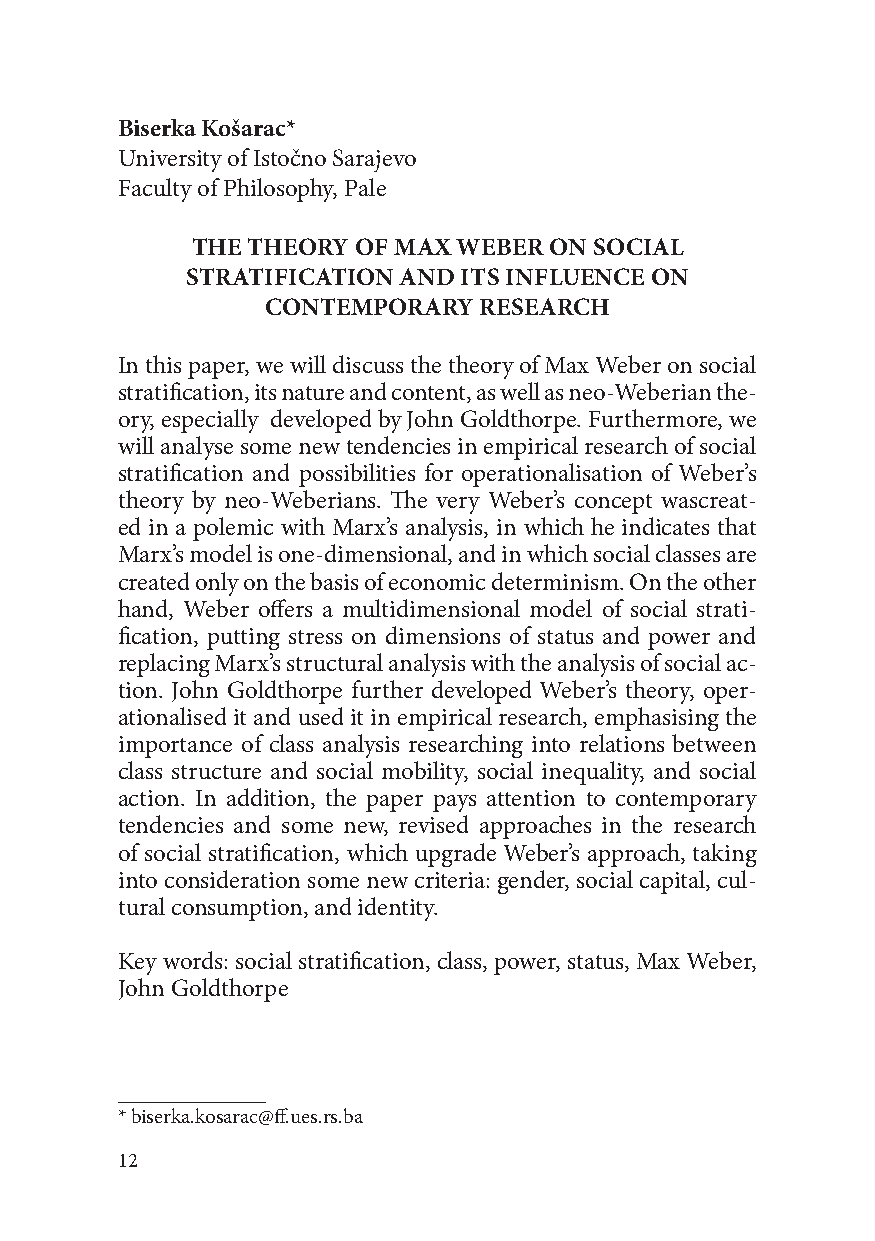
Biserka Košarac*
 University of Istočno Sarajevo
 Faculty of Philosophy, Pale
 THE THEORY OF MAX WEBER ON SOCIAL
 STRATIFICATION AND ITS INFLUENCE ON
 CONTEMPORARY  RESEARCH
 In this paper, we will discuss the theory of Max Weber on social
 stratification, its nature and content, as well as neo-Weberian the-
 ory, especially developed by John Goldthorpe. Furthermore, we
 will analyse some new tendencies in empirical research of social
 stratification and possibilities for operationalisation of Weber’s
 theory by neo-Weberians. The very Weber’s concept wascreat-
 ed in a polemic with Marx’s analysis, in which he indicates that
 Marx’s model is one-dimensional, and in which social classes are
 created only on the basis of economic determinism. On the other
 hand, Weber offers a multidimensional model of social strati-
 fication, putting stress on dimensions of status and power and
 replacing Marx’s structural analysis with the analysis of social ac-
 tion. John Goldthorpe further developed Weber’s theory, oper-
 ationalised it and used it in empirical research, emphasising the
 importance of class analysis researching into relations between
 class structure and social mobility, social inequality, and social
 action. In addition, the paper pays attention to contemporary
 tendencies and some new, revised approaches in the research
 of social stratification, which upgrade Weber’s approach, taking
 into consideration some new criteria: gender, social capital, cul-
 tural consumption, and identity.
 Key words: social stratification, class, power, status, Max Weber,
 John Goldthorpe
 * biserka.kosarac@ff.ues.rs.ba
 12